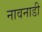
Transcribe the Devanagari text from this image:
नावनाडी